Document type: Sale
Year: 1440
Scribe: Pere Pau Pujades
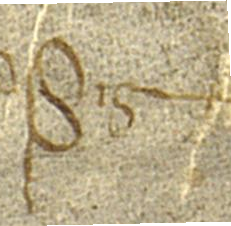
Sig